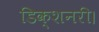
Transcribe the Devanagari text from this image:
डिक्शनरी।